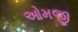
ઓમજી